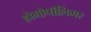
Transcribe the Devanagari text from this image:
होमोपॉलिमर